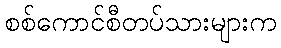
စစ်ကောင်စီတပ်သားများက